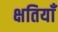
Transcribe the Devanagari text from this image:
क्षतियाँ